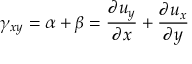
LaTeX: \gamma _ { x y } = \alpha + \beta = { \frac { \partial u _ { y } } { \partial x } } + { \frac { \partial u _ { x } } { \partial y } } \,